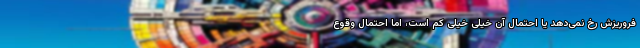
فروریزش رخ نمی‌دهد یا احتمال آن خیلی خیلی کم است، اما احتمال وقوع